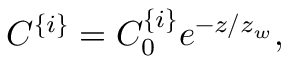
C ^ { \{ i \} } = C _ { 0 } ^ { \{ i \} } e ^ { - z / z _ { w } } ,